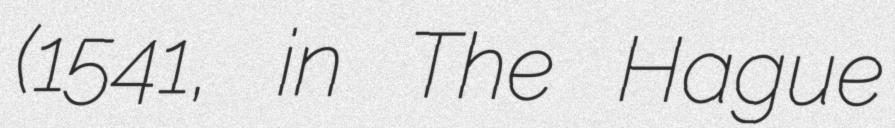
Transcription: (1541, in The Hague